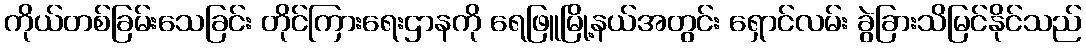
ကိုယ်တစ်ခြမ်းသေခြင်း တိုင်ကြားရေးဌာနကို ရေဖြူမြို့နယ်အတွင်း ရှောင်လမ်း ခွဲခြားသိမြင်နိုင်သည်